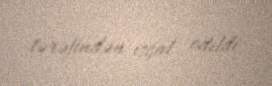
tərəfindən işğal edildi.